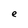
Character: e